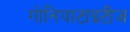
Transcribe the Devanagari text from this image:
गोनियाटाइटीज़